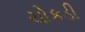
ચોકડી